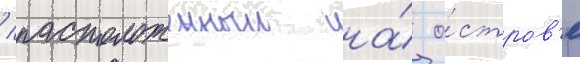
/ расположенныи на́ о́стров'е